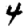
Digit: 4